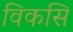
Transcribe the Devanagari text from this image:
विकसि